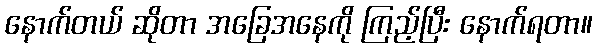
နောက်တယ် ဆိုတာ အခြေအနေကို ကြည့်ပြီး နောက်ရတာ။